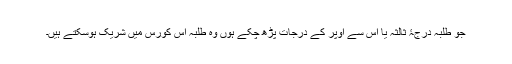
جو طلبہ درجۂ ثالثہ یا اس سے اوپر کے درجات پڑھ چکے ہوں وہ طلبہ اس کورس میں شریک ہوسکتے ہیں۔